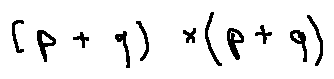
( p + q ) \times ( p + q )